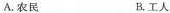
A.农民 B.工人